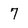
Character: 7